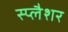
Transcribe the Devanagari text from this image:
स्प्लैशर